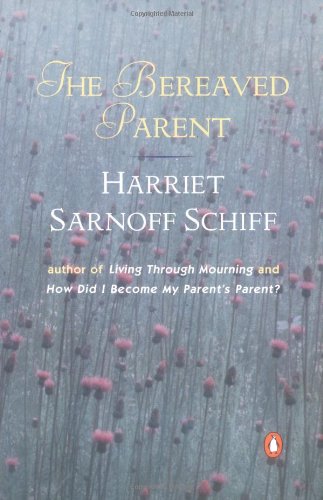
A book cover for The Bereaved Parent; Harriet Sarnoff Schiff; Politics & Social Sciences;